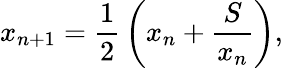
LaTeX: x_{n+1}={\frac{1}{2}}\left(x_{n}+{\frac{S}{x_{n}}}\right),